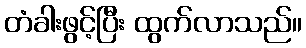
တံခါးဖွင့်ပြီး ထွက်လာသည်။